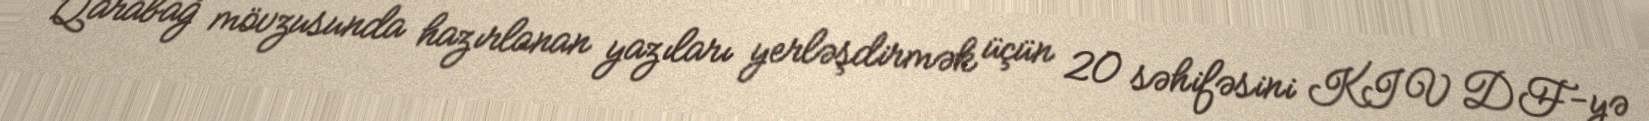
Qarabağ mövzusunda hazırlanan yazıları yerləşdirmək üçün 20 səhifəsini KIV DF-yə